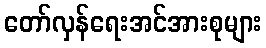
တော်လှန်ရေးအင်အားစုများ